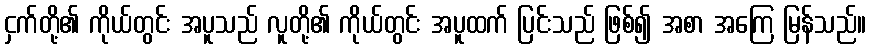
ငှက်တို့၏ ကိုယ်တွင်း အပူသည် လူတို့၏ ကိုယ်တွင်း အပူထက် ပြင်းသည် ဖြစ်၍ အစာ အကြေ မြန်သည်။